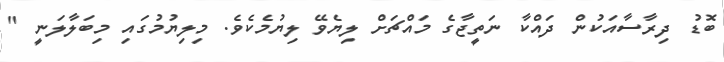
ބޮޑު ދިރާސާއަކުން ދައްކާ ނަތީޖާގެ މައްޗަށް ލިޔެވޭ ލިޔުމެކެވެ. މިލިޔުމުގައި މިބަލާލަނީ "